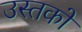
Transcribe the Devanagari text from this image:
उस्तकों